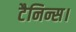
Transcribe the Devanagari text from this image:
टैनिन्स।